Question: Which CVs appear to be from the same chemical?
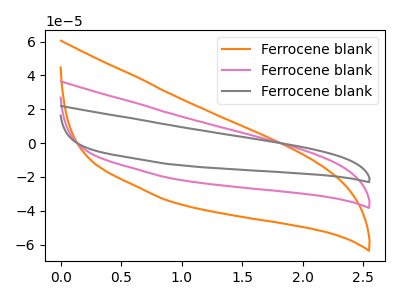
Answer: <think>The orange curve "Ferrocene blank1" has no peaks. The pink curve "Ferrocene blank2" has no peaks. The gray curve "Ferrocene blank3" has no peaks.
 Neither "Ferrocene blank1" or "Ferrocene blank2" have any peaks. Neither "Ferrocene blank1" or "Ferrocene blank3" have any peaks. Neither "Ferrocene blank2" or "Ferrocene blank3" have any peaks.</think>
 <answer>"Ferrocene blank1", "Ferrocene blank2" and "Ferrocene blank3" have the same shape and are likely CV's of the same chemical.</answer>
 <eval>"Ferrocene blank1" "Ferrocene blank2" "Ferrocene blank3"</eval>